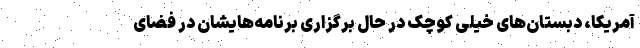
آمریکا، دبستان‌های خیلی کوچک در حال برگزاری برنامه‌هایشان در فضای